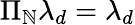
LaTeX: \Pi_{\mathbb{N}}\lambda_{d}=\lambda_{d}